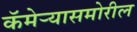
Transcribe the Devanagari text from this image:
कॅमेर्‍यासमोरील